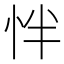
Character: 怑